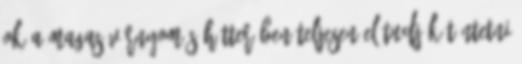
ok a magas vérnyomás hátterében Teljesen el tudják tüntetni